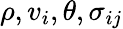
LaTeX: \rho,v_{i},\theta,\sigma_{ij}